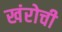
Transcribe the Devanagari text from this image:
खंरोची